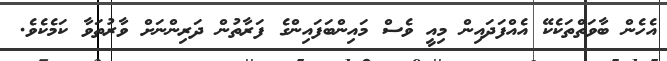
އެހެން ބާވަތްތަކެކޭ އެއްފަދައިން މިއީ ވެސް މައިންބަފައިންގެ ފަރާތުން ދަރިންނަށް ވާރުތަވާ ކަމެކެވެ.